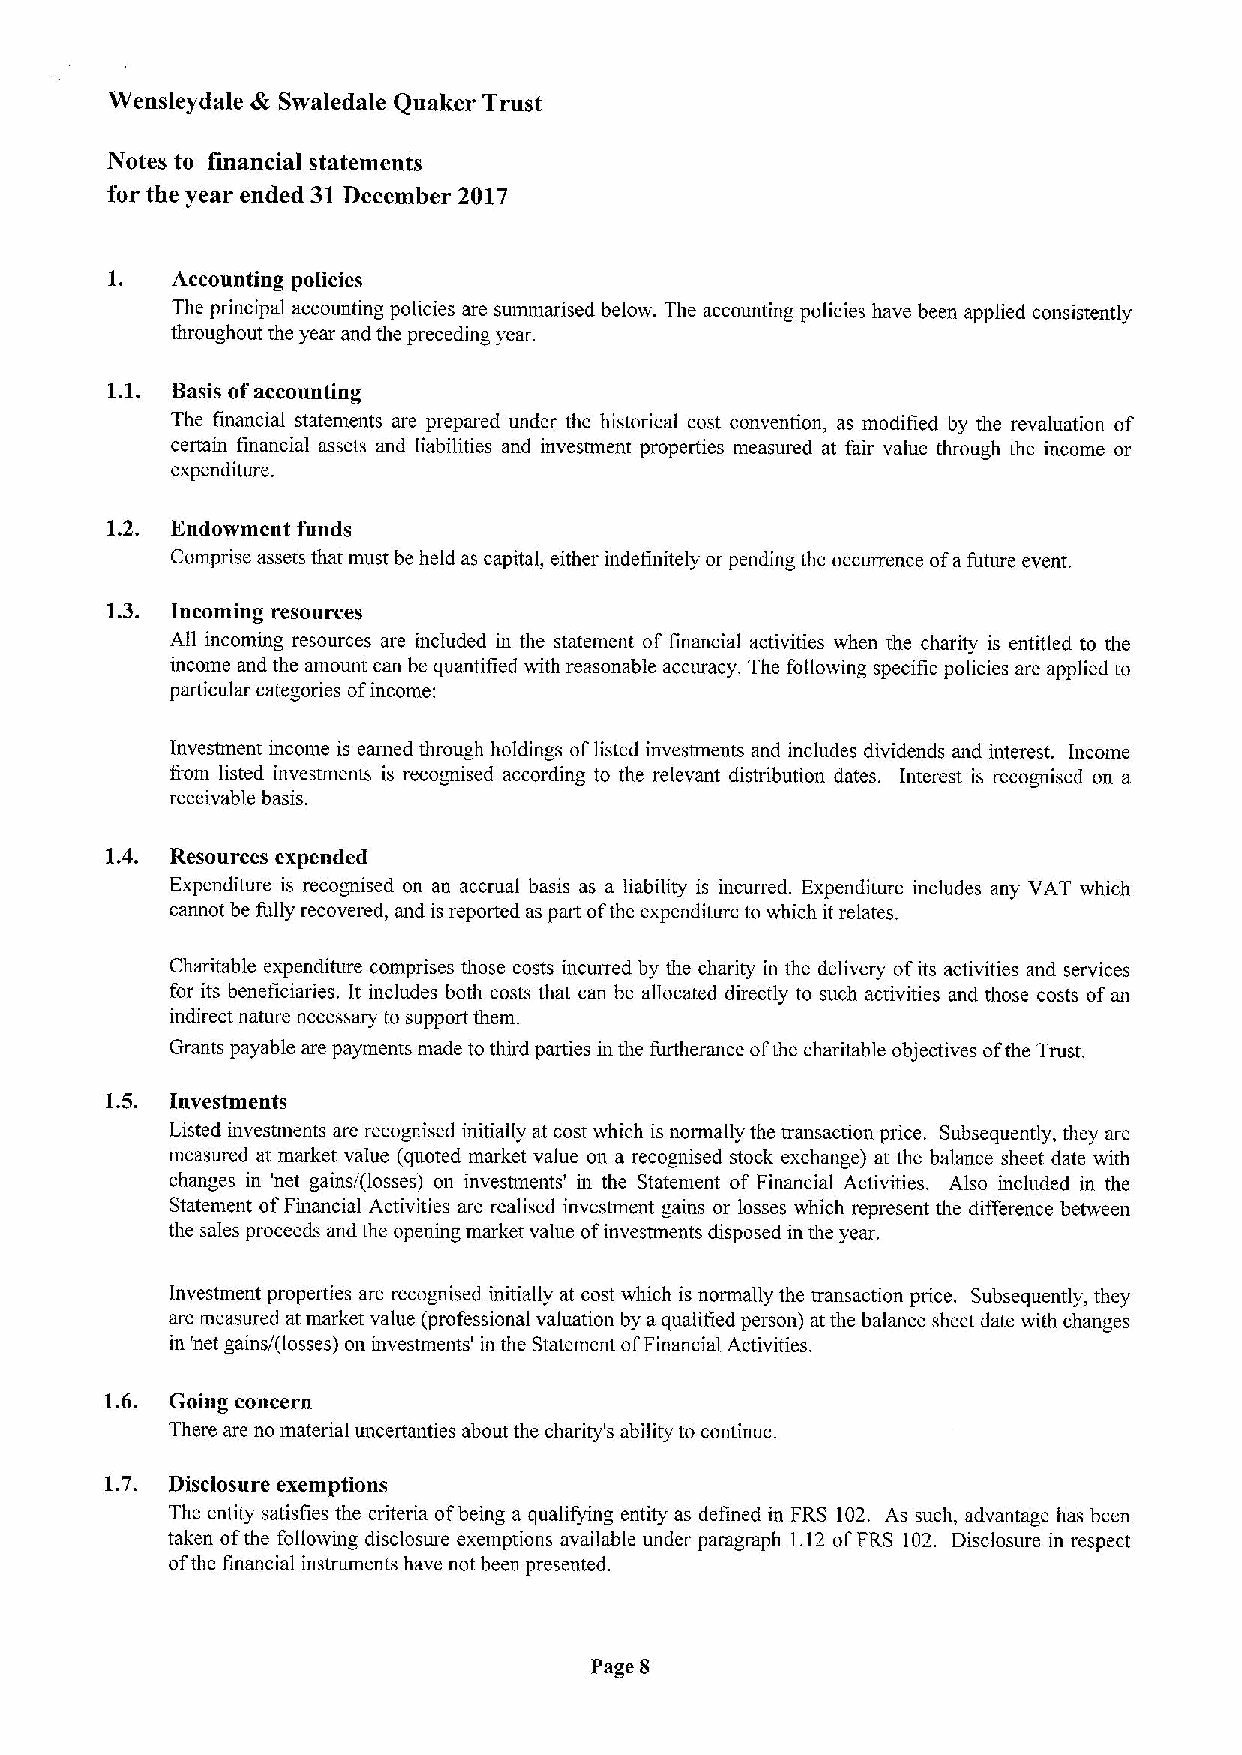
Wensleydale dk Swaiedale Quaker Trust
 Notes to financial statements
 for the year ended 31December 2017
 Accounting policies
 The principal accounting pohcies are summarised below. The accounting policies have been applied consistently
 throughout the year and the preceding year.
 Basis ofaccounting
 The financial statements are prepared under the historical cost convention, as modified by the revaluation of
 certain financial assets and liabilities and investment properties measured at fair value through the income or
 expenditure.
 1.2. Endowment funds
 Comprise assets that must be held as capital, either indefinitely or pending the occurrence ofafuture event.
 1.3. Incoming resources
 All incoming resources are included in the statement of financial activities when the charity is entitled to the
 income and the amount can be quantified with reasonable accuracy. The following specific policies are applied to
 particular categories ofincome:
 Investment income is earned through holdings oflisted investments and includes dividends and interest. Income
 from listed investments is recognised according to the relevant distribution dates. Interest is recognised on a
 receivable basis.
 1.4. Resources expended
 Expenditure is recognised on an accrual basis as a liability is incurred. Expenditure includes any VAT which
 cannot be fully recovered, and is reported as part ofthe expenditure to which it relates.
 Charitable expenditure comprises those costs incurred by the charity in the delivery ofits activities and services
 for its beneficiaries. It includes both costs that can be allocated directly to such activities and those costs ofan
 indirect nature necessary to support them.
 Grants payable are payments made to third parties in the furtherance ofthe charitable objectives ofthe Trust.
 1.5. Investments
 Listed investments are recognised initially at cost which is normally the transaction price. Subsequently, they are
 measured at market value (quoted market value on a recognised stock exchange) at the balance sheet date with
 changes in 'net gains/(losses) on investments' in the Statement of Financial Activities. Also included in the
 Statement ofFinancial Activities are realised investment gains or losses which represent the difference between
 the sales proceeds and the opening market value ofinvestments disposed in the year.
 Investment properties are recognised initially at cost which is normally the transaction price. Subsequently, they
 are measured at market value (professional valuation by aqualified person) at the balance sheet date with changes
 in 'net gains/(losses) on investments' in the Statement ofFinancial Activities.
 1.6. Going concern
 There are no material uncertanties about the charity's ability to continue.
 1.7. Disclosure exemptions
 The entity satisfies the criteria ofbeing a qualifying entity as defined in FRS 102. As such, advantage has been
 taken ofthe folloiving disclosure exemptions available under paragraph 1.12 ofFRS 102. Disclosure in respect
 ofthe financial instruments have not been presented.
 Page 8